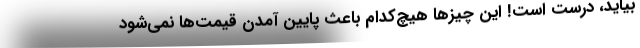
بیاید، درست است! این چیزها هیچ‌کدام باعث پایین آمدن قیمت‌ها نمی‌شود